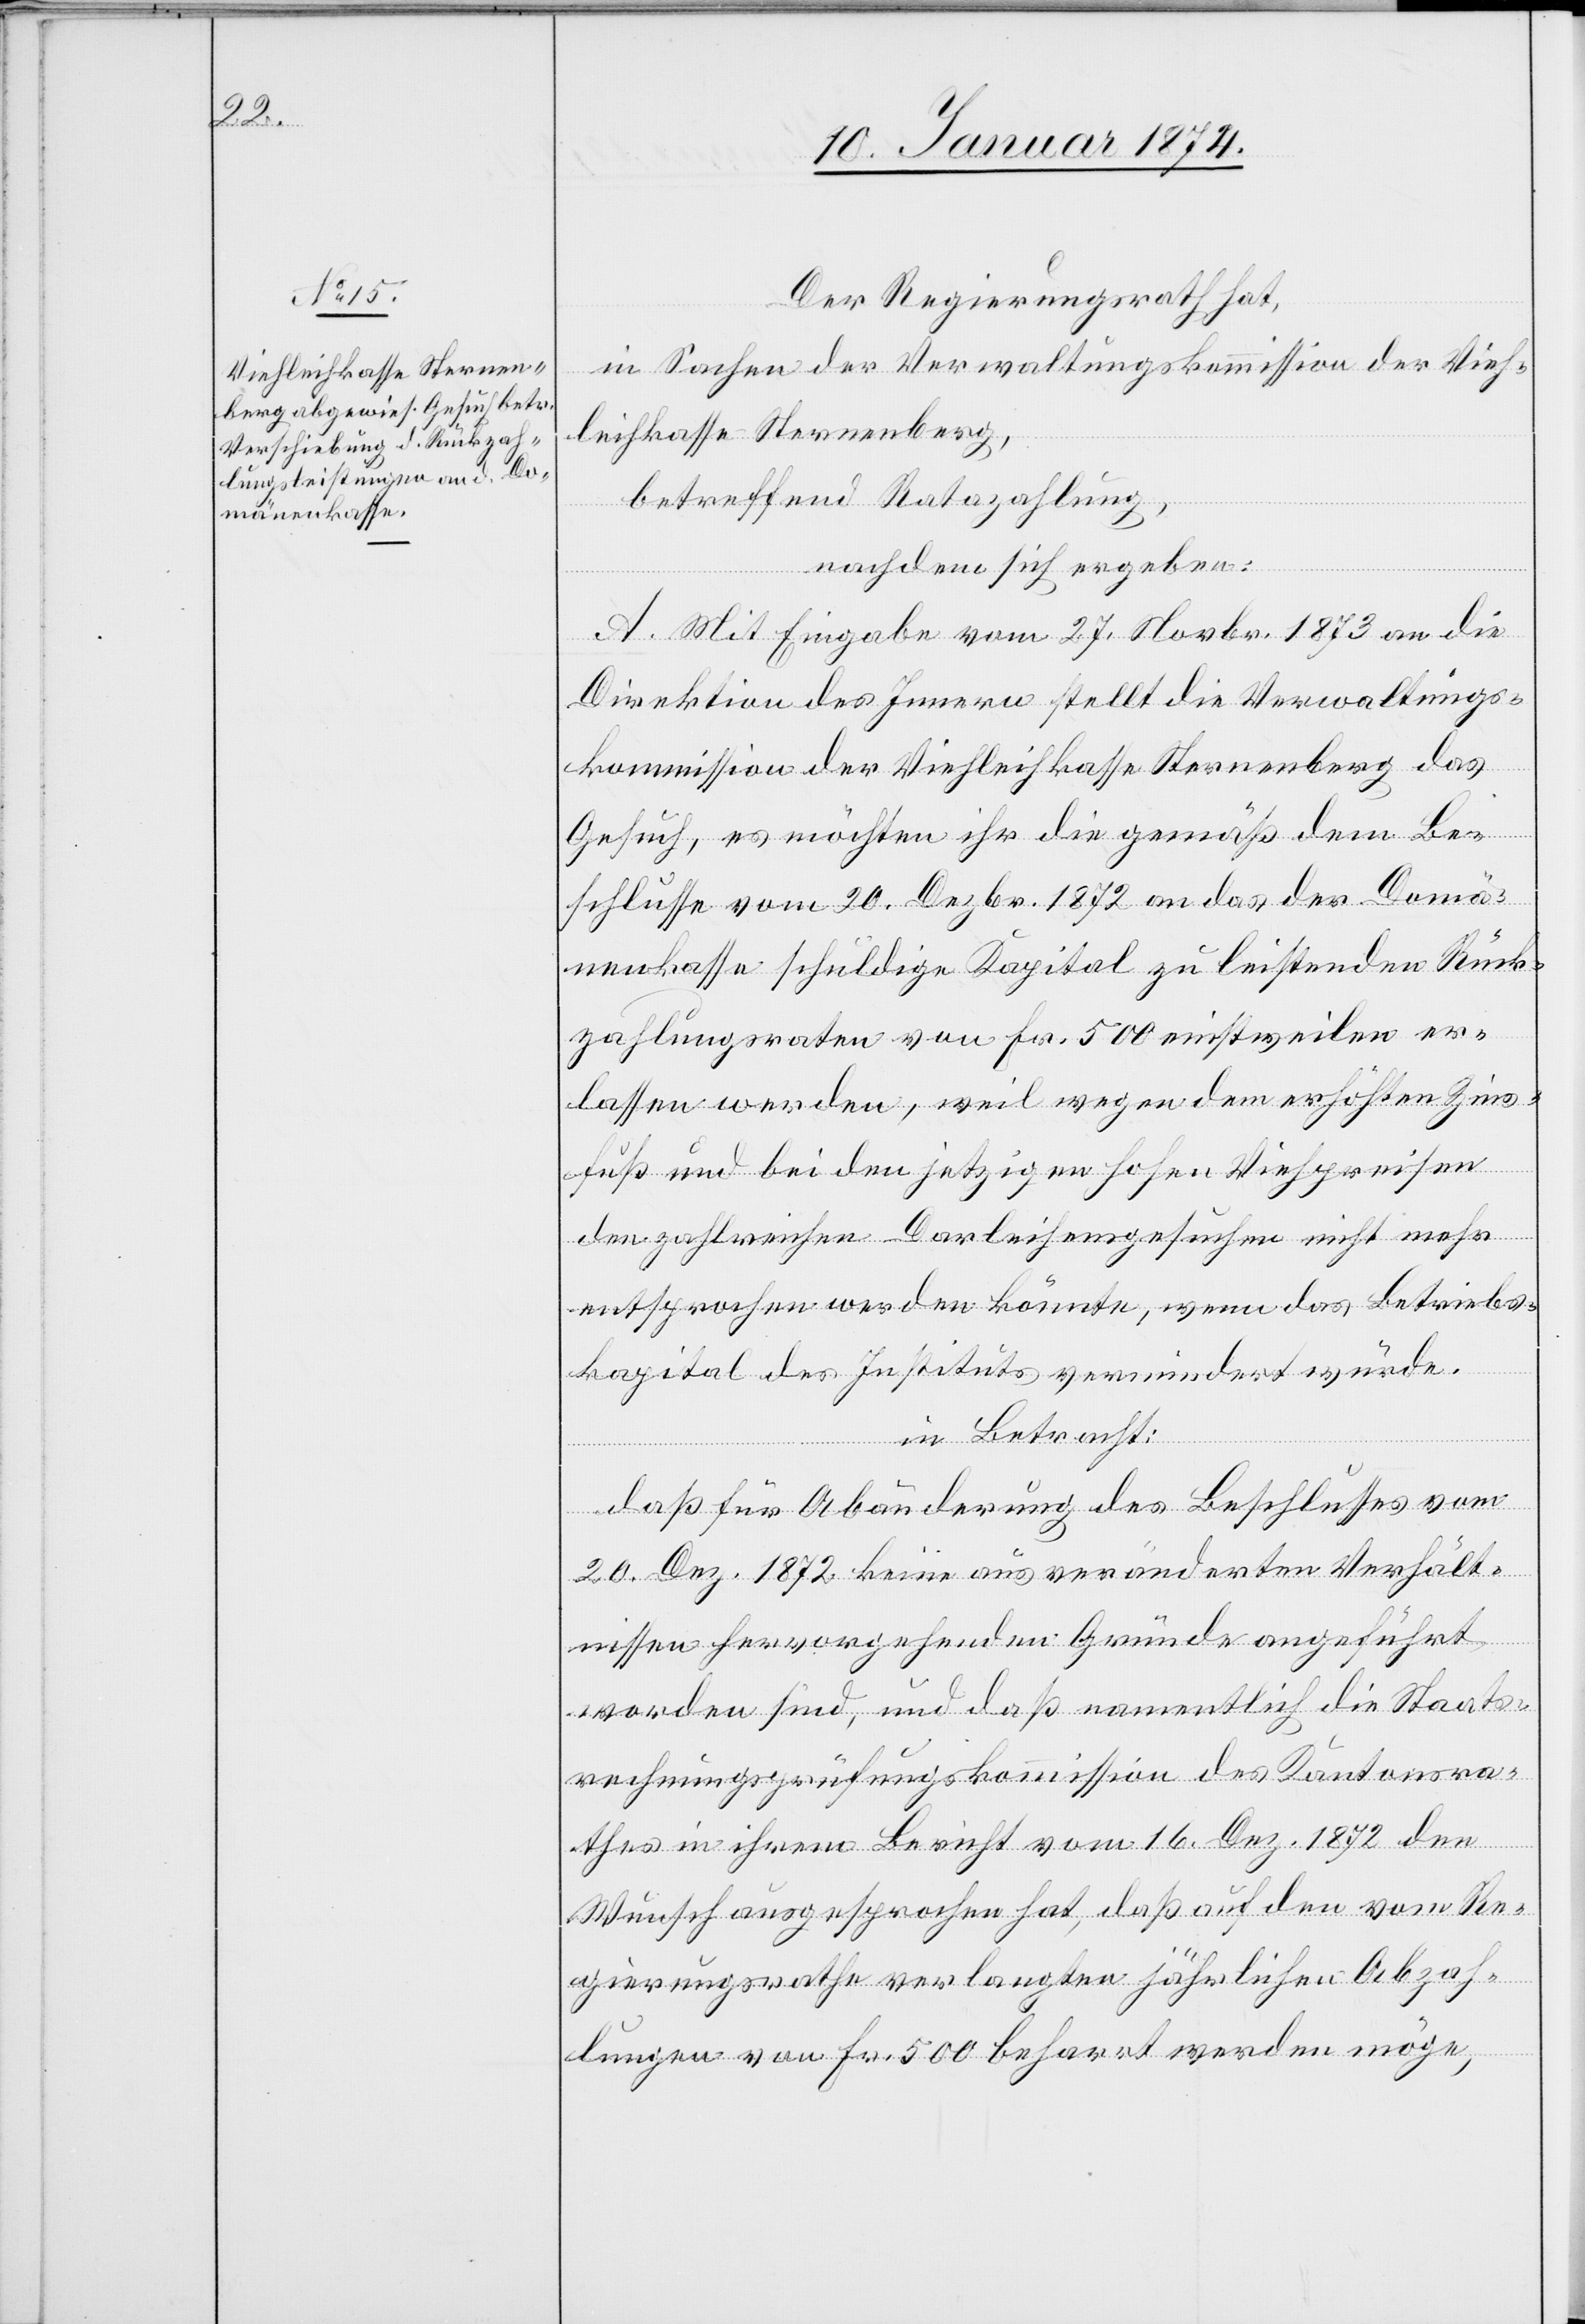
Der Regierungsrath hat,
in Sachen der Verwaltungskommission der Vieh¬
leihkasse Sternenberg,
betreffend Ratozahlung
nachdem sich ergeben:
A. Mit Eingabe vom 27. Oktober 1873 an die
Direktion des Innern stellt die Verwaltungs¬
kommission der Viehleihkasse Sternenberg das
Gesuch, es möchten ihr die gemäß dem Be¬
schlusse vom 20. Dezbr. 1872 an das der Domä¬
nenkasse schuldige Kapital zu leistenden Rück¬
zahlungsraten von Fr. 500 einstweilen er¬
lassen werden, weil wegen dem erhöhten Zins¬
fuß und bei den jetzigen hohen Viehpreisen
den zahlreichen Darleihensgesuchen nicht mehr
entsprochen werden könnte, wenn das Betriebs¬
kapital des Instituts vermindert würde.
in Betracht:
daß für Abänderung des Beschlusses vom
20. Dez. 1872 keine aus veränderten Verhält¬
nissen hervorgehenden Gründe angeführt
worden sind, und daß namentlich die Staats¬
rechnungsprüfungskommission des Kantonsra¬
thes in ihrem Bericht vom 16. Dez. 1872 den
Wunsch ausgesprochen hat, daß auf den vom Re¬
gierungsrathe verlangten jährlichen Abzah¬
lungen von Fr. 500 beharrt werden möge,